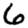
Digit: 6